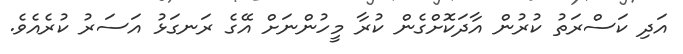
އަދި ކަސްރަތު ކުރުން އާދަކޮށްގެން ކުރާ މީހުންނަށް އޭގެ ރަނގަޅު އަސަރު ކުރެއެވެ.